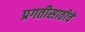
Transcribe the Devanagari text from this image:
प्रगतीसाठीचे